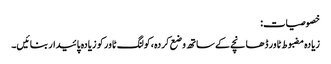
خصوصیات:
زیادہ مضبوط ٹاور ڈھانچے کے ساتھ وضع کردہ ،کولنگ ٹاور کو زیادہ پائیدار بنائیں۔